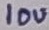
Text: 10u